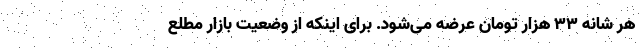
هر شانه ۳۳ هزار تومان عرضه می‌شود. برای اینکه از وضعیت بازار مطلع